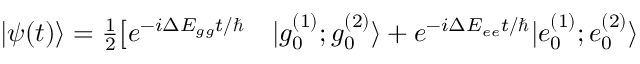
\begin{array} { r l } { | \psi ( t ) \rangle = \frac { 1 } { 2 } \big [ e ^ { - i \Delta E _ { g g } t / \hbar } } & { { } | g _ { 0 } ^ { ( 1 ) } ; g _ { 0 } ^ { ( 2 ) } \rangle + e ^ { - i \Delta E _ { e e } t / \hbar } | e _ { 0 } ^ { ( 1 ) } ; e _ { 0 } ^ { ( 2 ) } \rangle } \end{array}